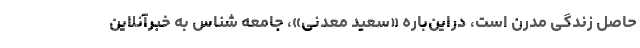
حاصل زندگی مدرن است، دراین‌باره «سعید معدنی»، جامعه شناس به خبرآنلاین